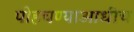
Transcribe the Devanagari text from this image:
पोहचण्याआधीच